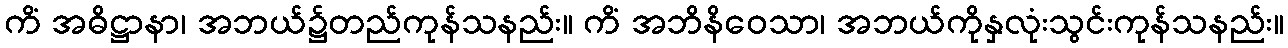
ကိံ အဓိဋ္ဌာနာ၊ အဘယ်၌တည်ကုန်သနည်း။ ကိံ အဘိနိဝေသာ၊ အဘယ်ကိုနှလုံးသွင်းကုန်သနည်း။